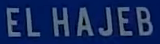
ELHAJEB